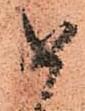
如